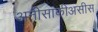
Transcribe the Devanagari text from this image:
अनीसाकीअसीस